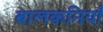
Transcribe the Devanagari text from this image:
बालकनियाँ